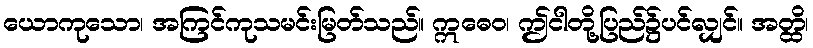
ယောကုသော၊ အကြင်ကုသမင်းမြတ်သည်။ ဣဓေဝ၊ ဤငါတို့ပြည်၌ပင်လျှင်။ အတ္ထိ၊